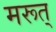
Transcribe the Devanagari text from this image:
मरूत्